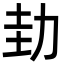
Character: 劸